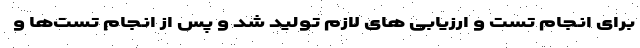
برای انجام تست و ارزیابی های لازم تولید شد و پس از انجام تست‌ها و